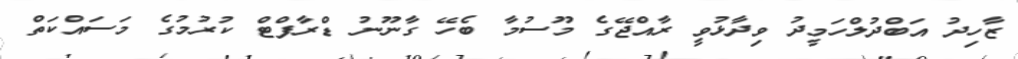
ޒާހިދު އަބްދުލްހަމީދު ވިދާޅުވީ ރާއްޖޭގެ މޫސުމާ ބެހޭ ގާނޫނު ޑްރާފްޓް ކުރުމުގެ މަސައްކަތް